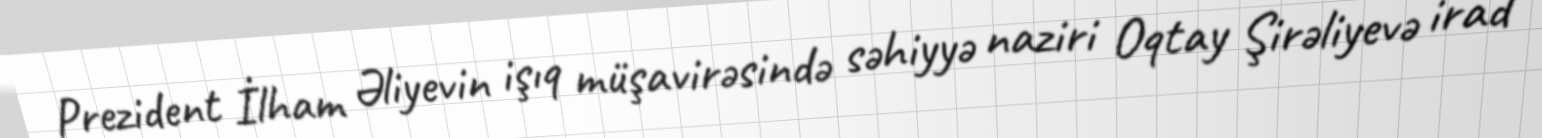
Prezident İlham Əliyevin işıq müşavirəsində səhiyyə naziri Oqtay Şirəliyevə irad